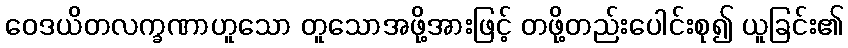
ဝေဒယိတလက္ခဏာဟူသော တူသောအဖို့အားဖြင့် တဖို့တည်းပေါင်းစု၍ ယူခြင်း၏